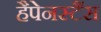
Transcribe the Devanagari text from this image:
हैपेनस्टैंस